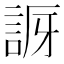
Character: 𧧝